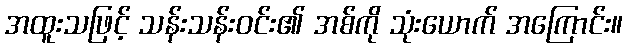
အထူးသဖြင့် သန်းသန်းဝင်း၏ အစ်ကို သုံးယောက် အကြောင်း။